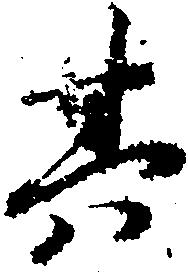
其